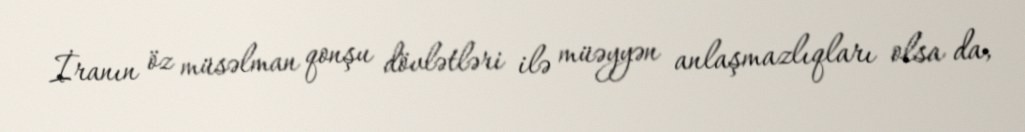
İranın öz müsəlman qonşu dövlətləri ilə müəyyən anlaşmazlıqları olsa da,